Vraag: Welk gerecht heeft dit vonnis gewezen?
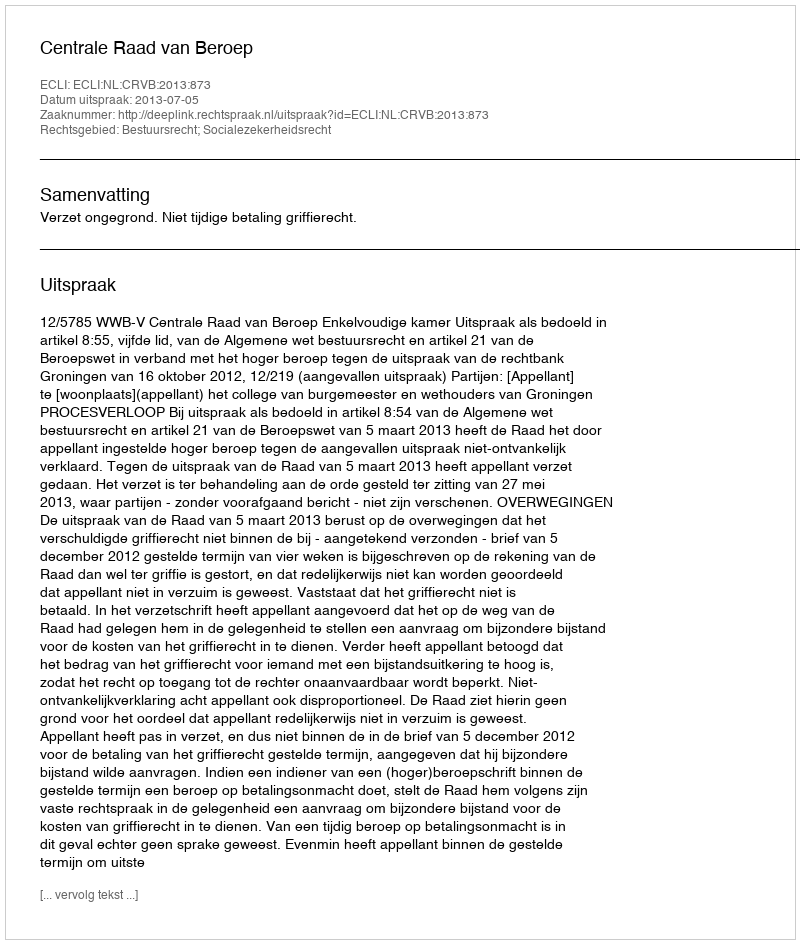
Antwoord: Centrale Raad van Beroep